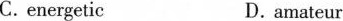
C.energetic D.amateur